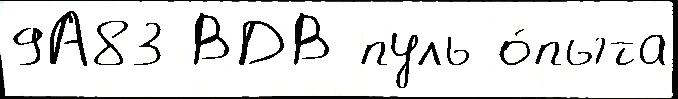
9А83 ВДВ пуль о́пыта